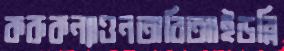
করুকন্যাওনতাবিআইডব্লি